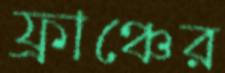
ফ্রাঞ্চের